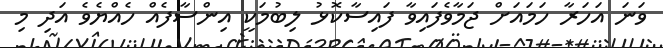
ވަނަ އަހަރާ ހަމައަށް ޖަމާވެފައިވާ ފައިސާކޮޅު ލިބުމަކީ އިންސާފެއް ހެއްޔެވެ އަދި މި